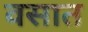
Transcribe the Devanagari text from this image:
वसात